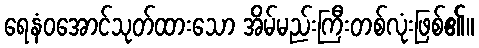
ရေနံဝအောင်သုတ်ထားသော အိမ်မည်းကြီးတစ်လုံးဖြစ်၏။